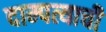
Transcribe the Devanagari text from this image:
दाम्पत्याची